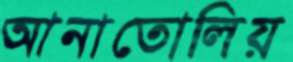
আনাতোলিয়